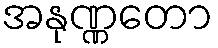
အနုဏ္ဏတော